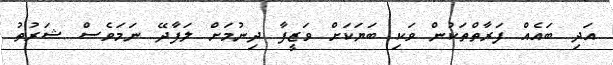
އަދި ބައެއް ފަރާތްތަކުން ވަކި ބަޔަކަށް ވަޒީފާ ދިނުމަށް ލަފާދޭ ނަމަވެސް ޝަރުތު